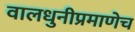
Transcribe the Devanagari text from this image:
वालधुनीप्रमाणेच